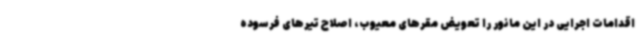
اقدامات اجرایی در این مانور را تعویض مقرهای معیوب، اصلاح تیرهای فرسوده